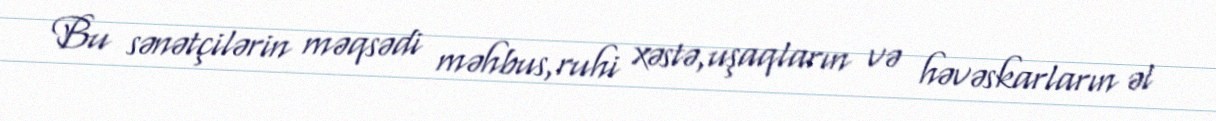
Bu sənətçilərin məqsədi məhbus,ruhi xəstə,uşaqların və həvəskarların əl